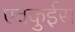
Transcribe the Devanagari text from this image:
एवकुईस